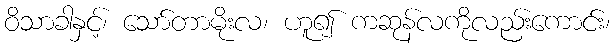
ဝိသာခါနှင့်၊ သော်တာမိုးလ၊ ဟူ၍ ကဆုန်လကိုလည်းကောင်း၊